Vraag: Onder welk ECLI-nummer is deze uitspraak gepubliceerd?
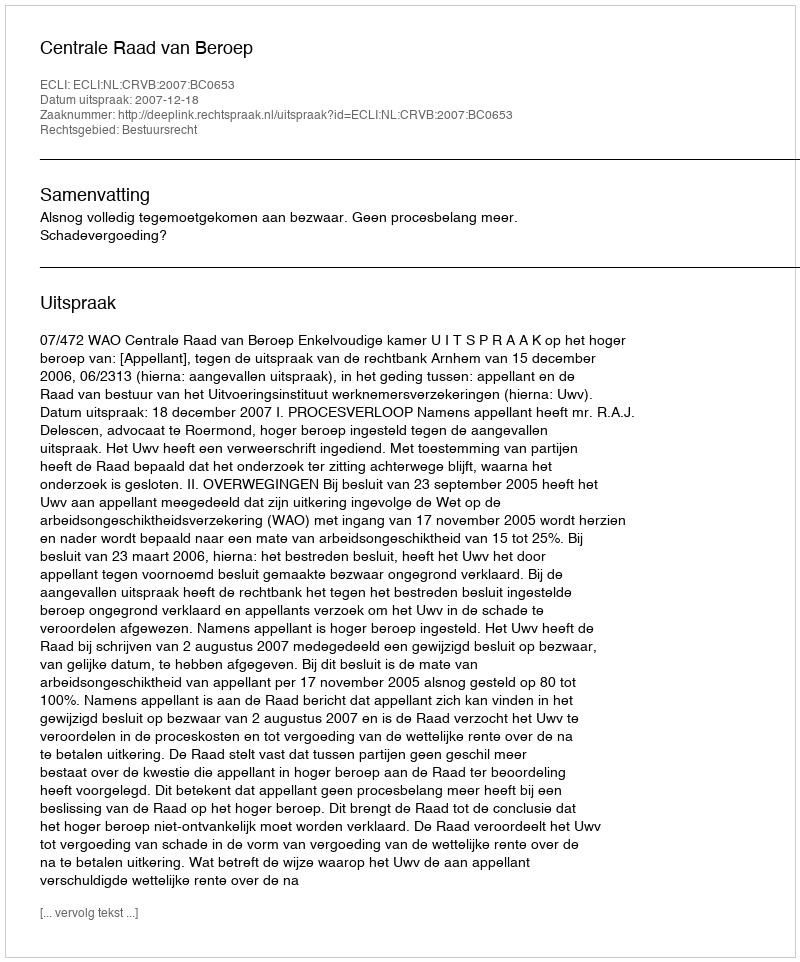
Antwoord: ECLI:NL:CRVB:2007:BC0653